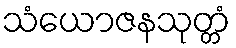
သံယောဇနသုတ္တံ